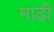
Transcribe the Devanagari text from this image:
माढी